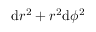
\mathrm { d } r ^ { 2 } + r ^ { 2 } \mathrm { d } \phi ^ { 2 }